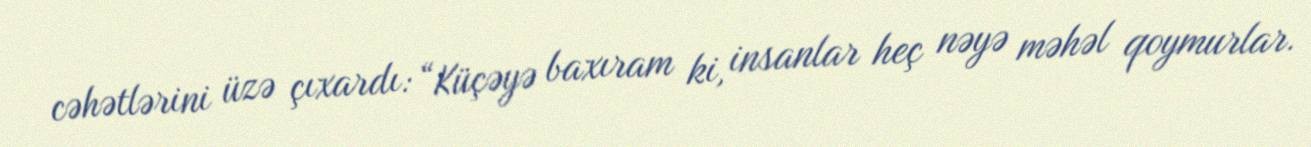
cəhətlərini üzə çıxardı: “Küçəyə baxıram ki, insanlar heç nəyə məhəl qoymurlar.